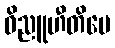
ဝိညူဟီတိပေ